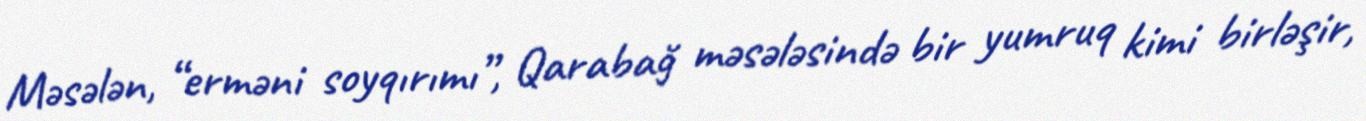
Məsələn, “erməni soyqırımı”, Qarabağ məsələsində bir yumruq kimi birləşir,